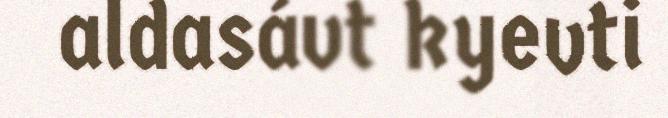
aldasávt kyevti